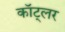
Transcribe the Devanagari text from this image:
कॉट्लर